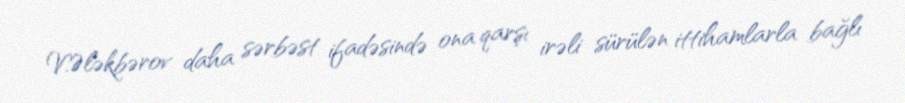
V.Ələkbərov daha sərbəst ifadəsində ona qarşı irəli sürülən ittihamlarla bağlı